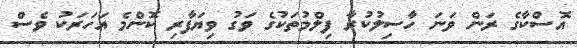
އޮސްކާގެ ރަން ވަނަ ހާސިލުކުރާ ފިލްމުތަކުގެ ވަގު ވިޔަފާރި ކޮންމެ އަހަރަކު ވެސް